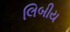
લિબીય